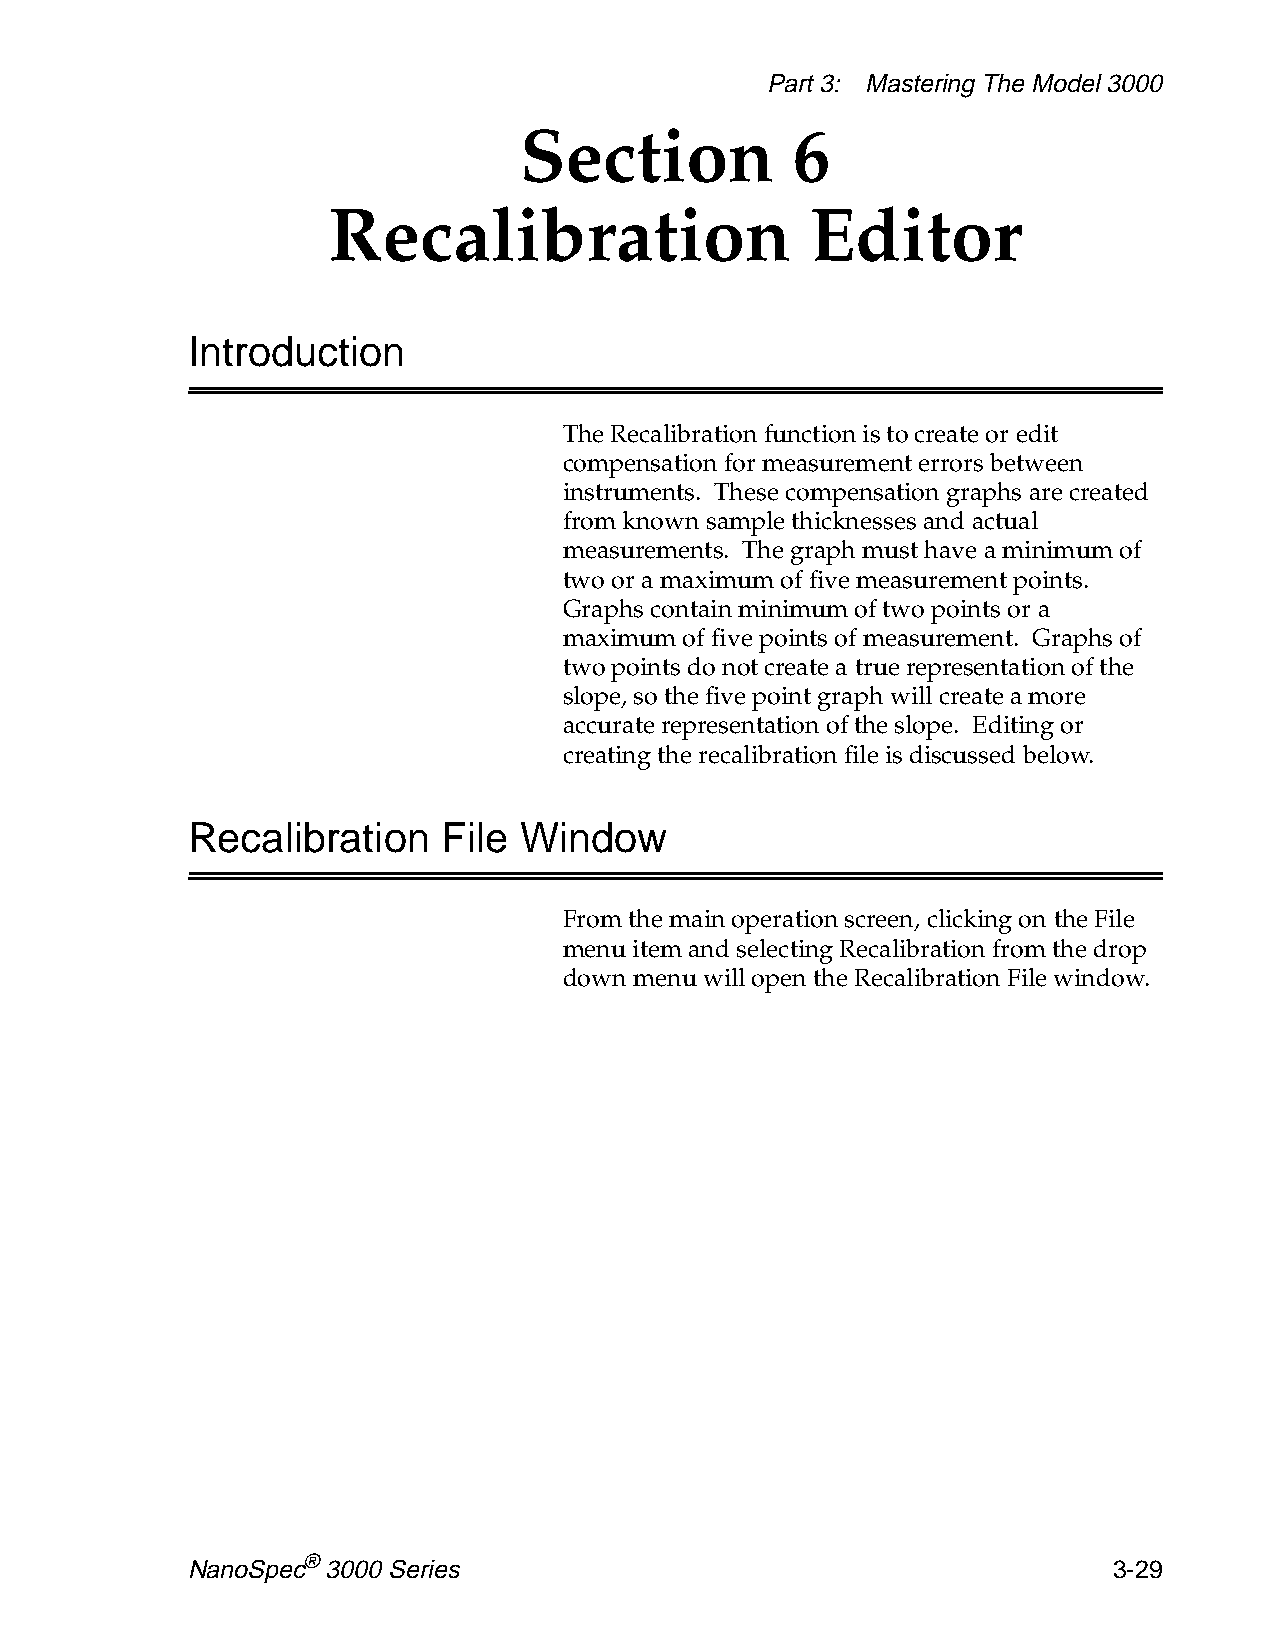
Part 3: Mastering The Model 3000
 Section           6
 Recalibration                   Editor
 Introduction
 The Recalibration function is to create or edit
 compensation for measurement errors between
 instruments. These compensation graphs are created
 from known sample thicknesses and actual
 measurements. The graph must have a minimum of
 two or a maximum of five measurement points.
 Graphs contain minimum of two points or a
 maximum of five points of measurement. Graphs of
 two points do not create a true representation of the
 slope, so the five point graph will create a more
 accurate representation of the slope. Editing or
 creating the recalibration file is discussed below.
 Recalibration    File Window
 From the main operation screen, clicking on the File
 menu item and selecting Recalibration from the drop
 down menu will open the Recalibration File window.
 NanoSpec® 3000 Series                                         3-29